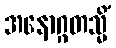
အနောဂ္ဂတသ္မိံ